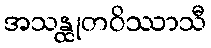
အသန္ထုတဝိဿာသီ